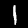
Label: 1